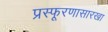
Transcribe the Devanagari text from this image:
प्रस्फूरणासारखा